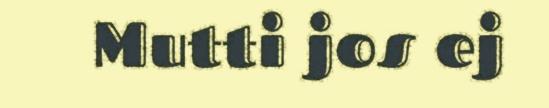
Mutti jos ej